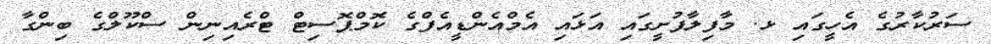
ސަރުކާރުގެ އެހީގައި ޅ. މާފިލާފުށީގައި އަޅައި އެމްއެންޑީއެފްގެ ކޮމްޕޮސިޓް ޓްރެއިނިން ސްކޫލްގެ ބިންގާ